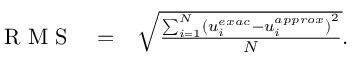
\begin{array} { r c l } { \mathrm { ~ R ~ M ~ S ~ } } & { = } & { \sqrt { \frac { \sum _ { i = 1 } ^ { N } \left( u _ { i } ^ { e x a c } - u _ { i } ^ { a p p r o x } \right) ^ { 2 } } { N } } . } \end{array}